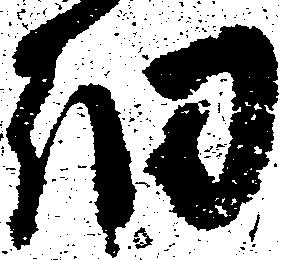
細